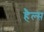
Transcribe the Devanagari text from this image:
हैल्स